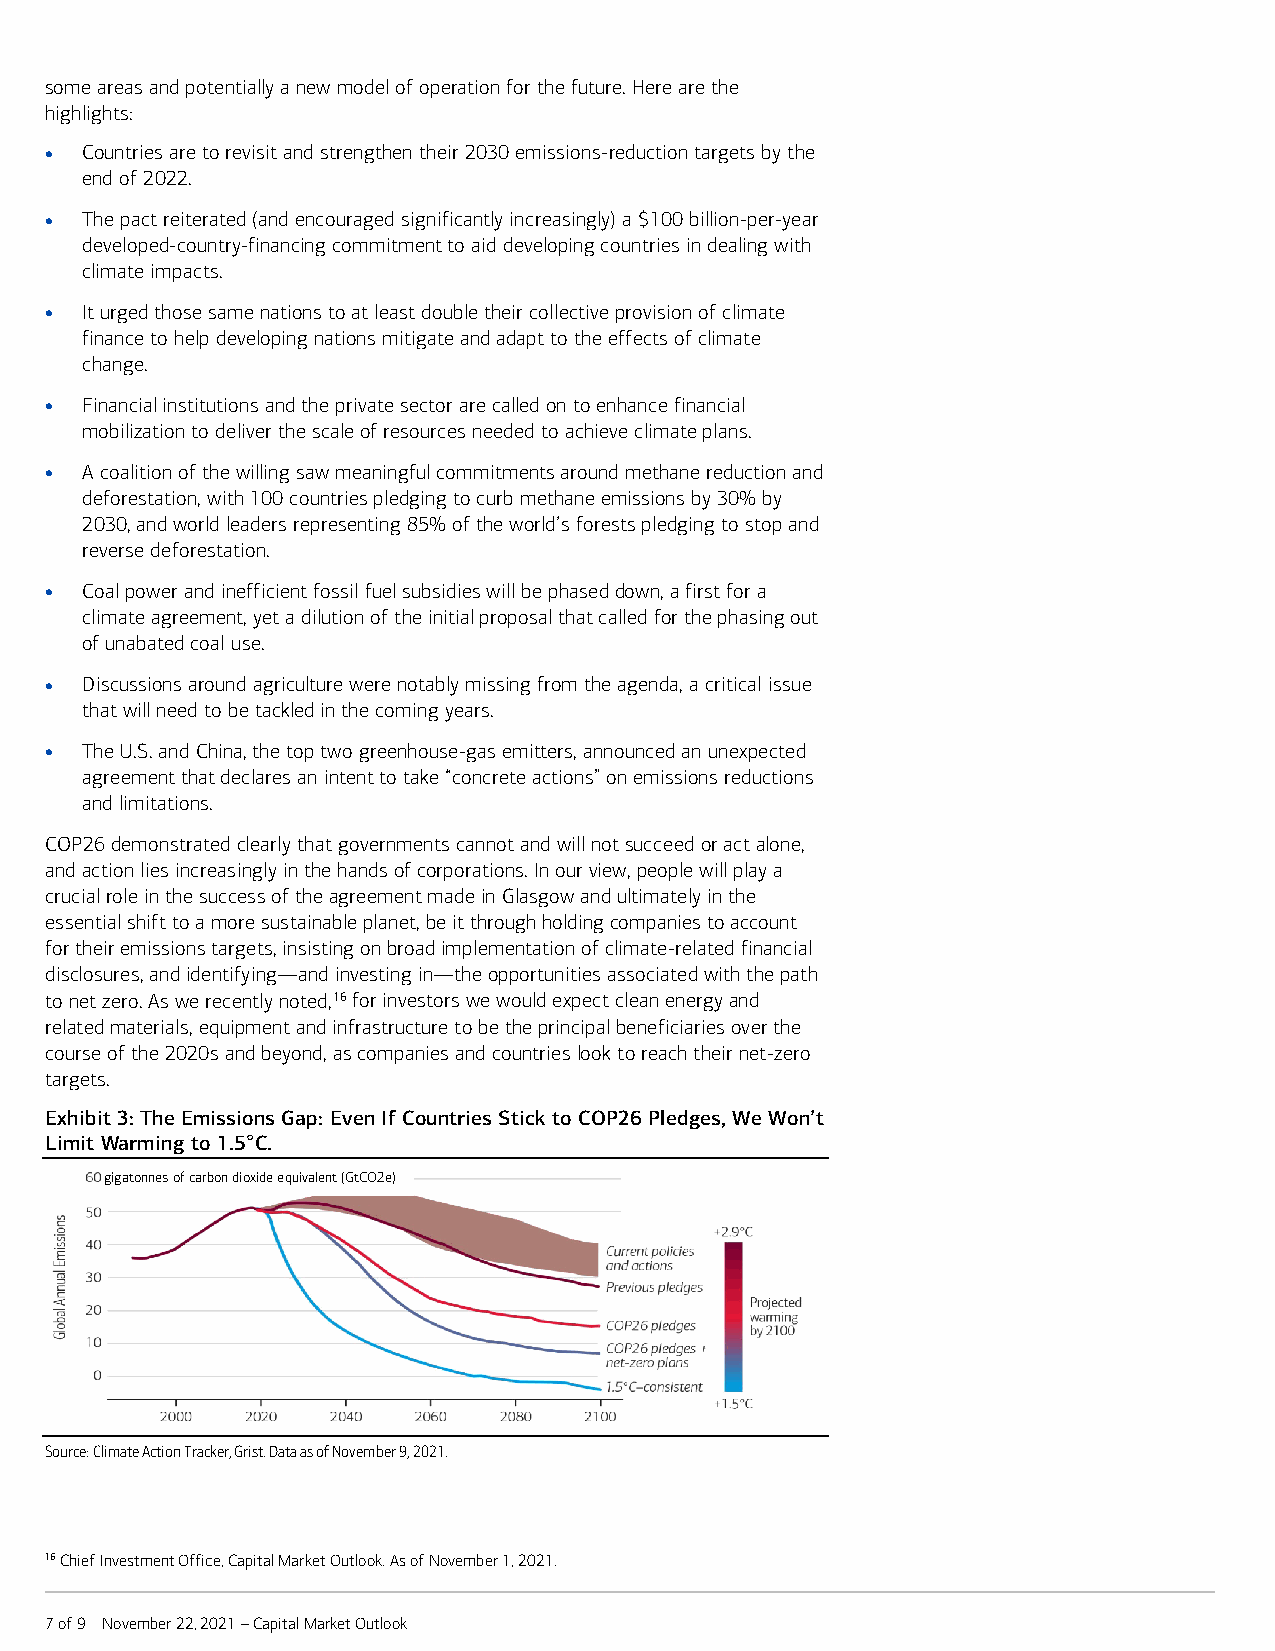
some areas and potentially a new model of operation for the future. Here are the
 highlights:
 • Countries are to revisit and strengthen their 2030 emissions-reduction targets by the
 end of 2022.
 • The pact reiterated (and encouraged significantly increasingly) a $100 billion-per-year
 developed-country-financing commitment to aid developing countries in dealing with
 climate impacts.
 • It urged those same nations to at least double their collective provision of climate
 finance to help developing nations mitigate and adapt to the effects of climate
 change.
 • Financial institutions and the private sector are called on to enhance financial
 mobilization to deliver the scale of resources needed to achieve climate plans.
 • A coalition of the willing saw meaningful commitments around methane reduction and
 deforestation, with 100 countries pledging to curb methane emissions by 30% by
 2030, and world leaders representing 85% of the world’s forests pledging to stop and
 reverse deforestation.
 • Coal power and inefficient fossil fuel subsidies will be phased down, a first for a
 climate agreement, yet a dilution of the initial proposal that called for the phasing out
 of unabated coal use.
 • Discussions around agriculture were notably missing from the agenda, a critical issue
 that will need to be tackled in the coming years.
 • The U.S. and China, the top two greenhouse-gas emitters, announced an unexpected
 agreement that declares an intent to take “concrete actions” on emissions reductions
 and limitations.
 COP26 demonstrated clearly that governments cannot and will not succeed or act alone,
 and action lies increasingly in the hands of corporations. In our view, people will play a
 crucial role in the success of the agreement made in Glasgow and ultimately in the
 essential shift to a more sustainable planet, be it through holding companies to account
 for their emissions targets, insisting on broad implementation of climate-related financial
 disclosures, and identifying—and investing in—the opportunities associated with the path
 to net zero. As we recently noted,16 for investors we would expect clean energy and
 related materials, equipment and infrastructure to be the principal beneficiaries over the
 course of the 2020s and beyond, as companies and countries look to reach their net-zero
 targets.
 Exhibit 3: The Emissions Gap: Even If Countries Stick to COP26 Pledges, We Won’t
 Limit Warming to 1.5°C.
 gigatonnes of carbon dioxide equivalent (GtCO2e)
 Source: Climate Action Tracker, Grist. Data as of November 9, 2021.
 16 Chief Investment Office, Capital Market Outlook. As of November 1, 2021.
 7 of 9 November 22, 2021 – Capital Market Outlook